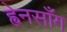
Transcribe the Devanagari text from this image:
ह्वेनसाँग